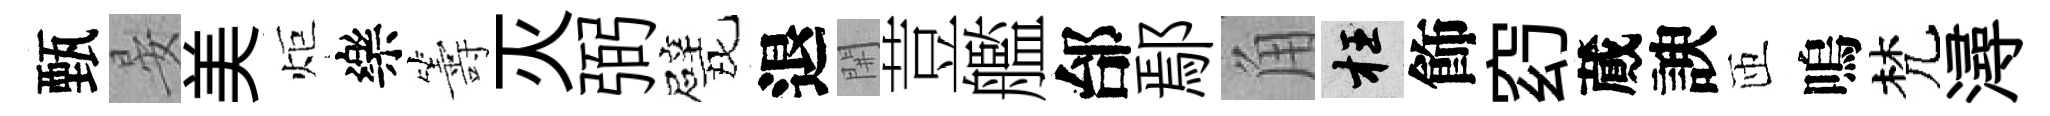
甄晏美炬樂籌灭弼甓退𨳩荳艦邰鄢角枉飾𥥆蕆諛匝嗚梵潯